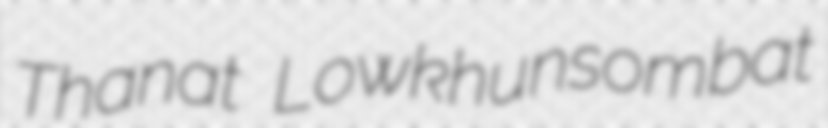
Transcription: Thanat Lowkhunsombat